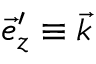
\vec { e } _ { z } ^ { \prime } \equiv \vec { k }